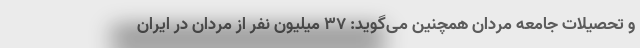
و تحصیلات جامعه مردان همچنین می‌گوید: ۳۷ میلیون نفر از مردان در ایران